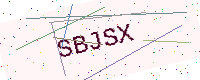
Text: SBJSX